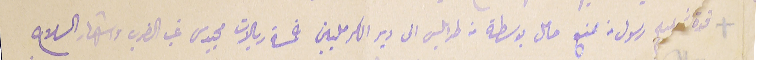
قوة تشليح رسول من ممنع حامل بوسطة من طرابلس الى دير الكرمليين خمسة ريالات مجيدى غب الضرب واشهار السلاح